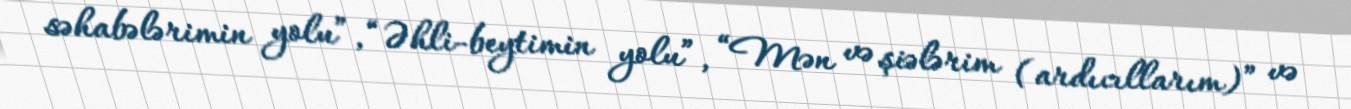
səhabələrimin yolu”, “Əhli-beytimin yolu”, “Mən və şiələrim (ardıcıllarım)” və